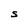
Character: S